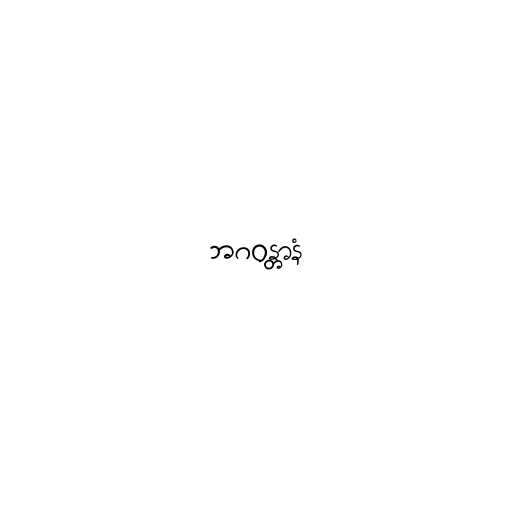
ဘဂဝန္တာနံ